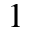
_ 1